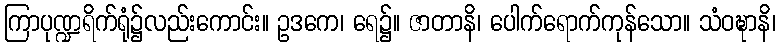
ကြာပုဏ္ဍရိက်ရုံ၌လည်းကောင်း။ ဥဒကေ၊ ရေ၌။ ဇာတာနိ၊ ပေါက်ရောက်ကုန်သော။ သံဝဍ္ဎာနိ၊